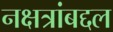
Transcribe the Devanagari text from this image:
नक्षत्रांबद्दल